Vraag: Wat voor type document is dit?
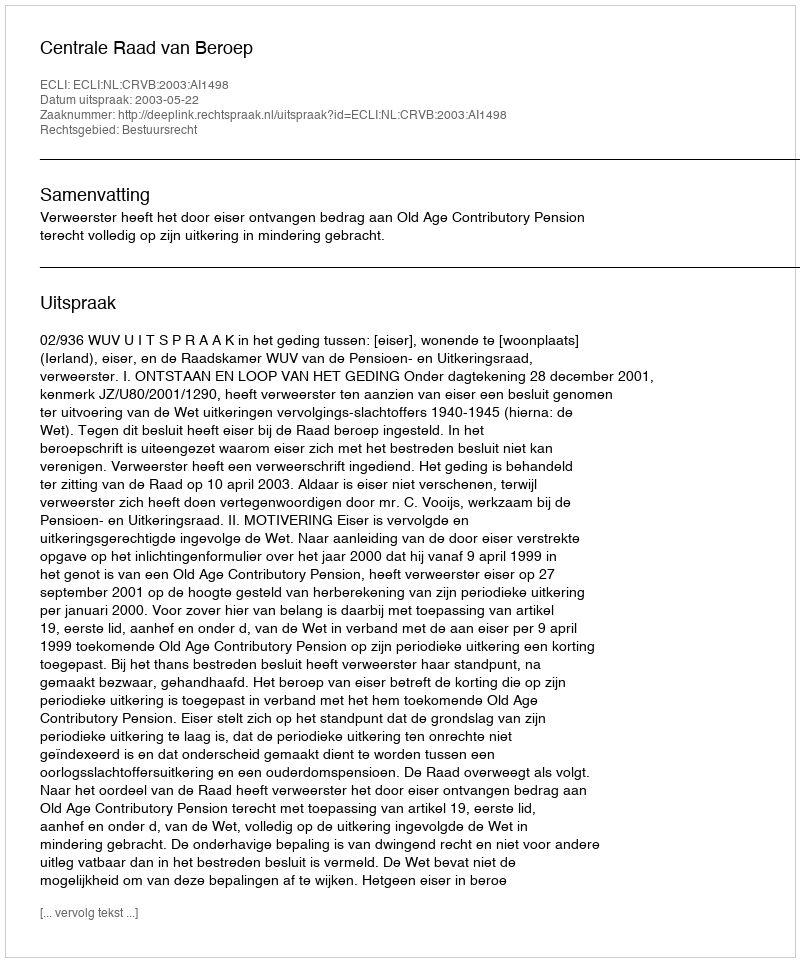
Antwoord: Uitspraak